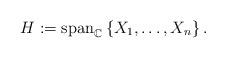
LaTeX: \begin{align*}H:=\mathrm{span}_{\mathbb{C}}\left\{ X_1,\ldots, X_n\right\}.\end{align*}